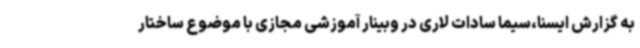
به گزارش ایسنا،سیما سادات لاری در وبینار آموزشی مجازی با موضوع ساختار